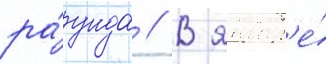
ра́унда // В январ'е́